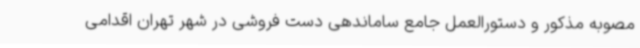
مصوبه مذکور و دستورالعمل جامع ساماندهی دست فروشی در شهر تهران اقدامی